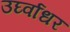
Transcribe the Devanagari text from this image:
उर्घ्वाधर